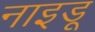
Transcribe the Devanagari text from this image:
नाइडू